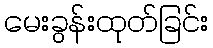
မေးခွန်းထုတ်ခြင်း